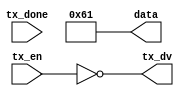
module unit(tx_dv,data,tx_done,tx_en);
output reg [7:0]data;
output reg tx_dv;
input tx_done;
input tx_en;
initial begin
	tx_dv=0;
	
	end
	
always @(tx_en)
	begin
		tx_dv=~tx_en;
		data=8'b01100001 ;
	end
endmodule